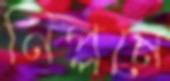
নিপ্পনে